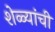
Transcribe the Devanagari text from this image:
शेळ्यांची